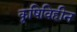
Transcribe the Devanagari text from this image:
कृषिविहीन